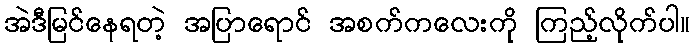
အဲဒီမြင်နေရတဲ့ အပြာရောင် အစက်ကလေးကို ကြည့်လိုက်ပါ။